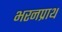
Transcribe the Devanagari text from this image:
भरनप्राथ